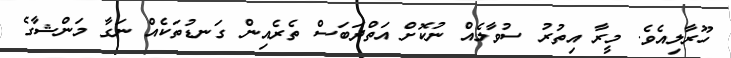
ހޫރާލިއެވެ. މީރާ އިތުރު ސުވާލެއް ނުކޮށް އަތްދަބަސް ތެރެއިން ގަނޑުތަކެއް ނަގާ މަންޝާގެ